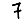
Digit: 7